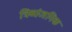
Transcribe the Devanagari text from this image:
त्रिव्यंजनिक